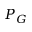
P _ { G }